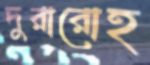
দুরারোহ